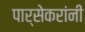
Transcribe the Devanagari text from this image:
पार्सेकरांनी